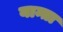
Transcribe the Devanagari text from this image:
यान्ता